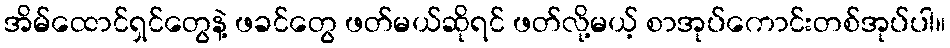
အိမ်ထောင်ရှင်တွေနဲ့ ဖခင်တွေ ဖတ်မယ်ဆိုရင် ဖတ်လို့မယ့် စာအုပ်ကောင်းတစ်အုပ်ပါ။